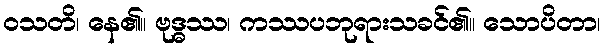
ဝသတိ၊ နေ၏။ ဗုဒ္ဓဿ၊ ကဿပဘုရားသခင်၏။ သောပိတာ၊